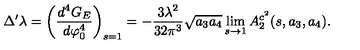
\Delta ^ { \prime } \lambda = \left( \frac { d ^ { 4 } G _ { E } } { d \varphi _ { 0 } ^ { 4 } } \right) _ { s = 1 } = - \frac { 3 \lambda ^ { 2 } } { 3 2 \pi ^ { 3 } } \sqrt { a _ { 3 } a _ { 4 } } \lim _ { s \rightarrow 1 } A _ { 2 } ^ { c ^ { 2 } } ( s , a _ { 3 } , a _ { 4 } ) .